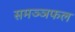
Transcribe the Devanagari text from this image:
समञ्ञफल